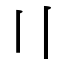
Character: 〢